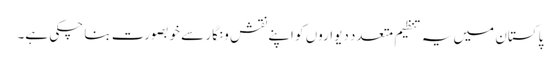
پاکستان میں یہ تنظیم متعدد دیواروں کو اپنے نقش و نگار سے خوبصورت بنا چکی ہے۔